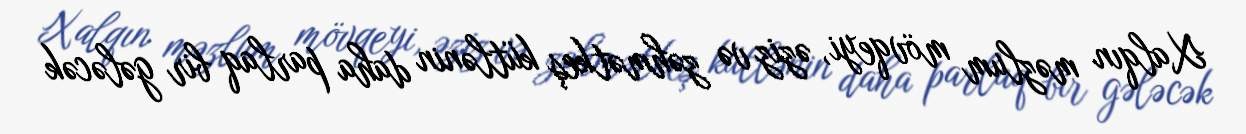
Xalqın məzlum mövqeyi, əziz və zəhmətkeş kütlənin daha parlaq bir gələcək